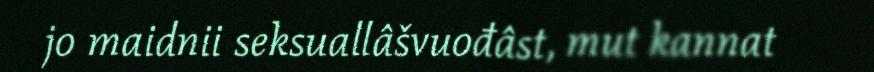
jo maidnii seksuallâšvuođâst, mut kannat